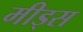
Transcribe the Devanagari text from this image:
मीड्स